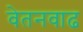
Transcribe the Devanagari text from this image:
वेतनवाढ